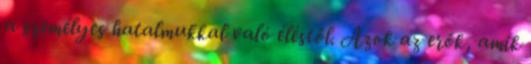
a személyes hatalmukkal való éléstől. Azok az erők, amik